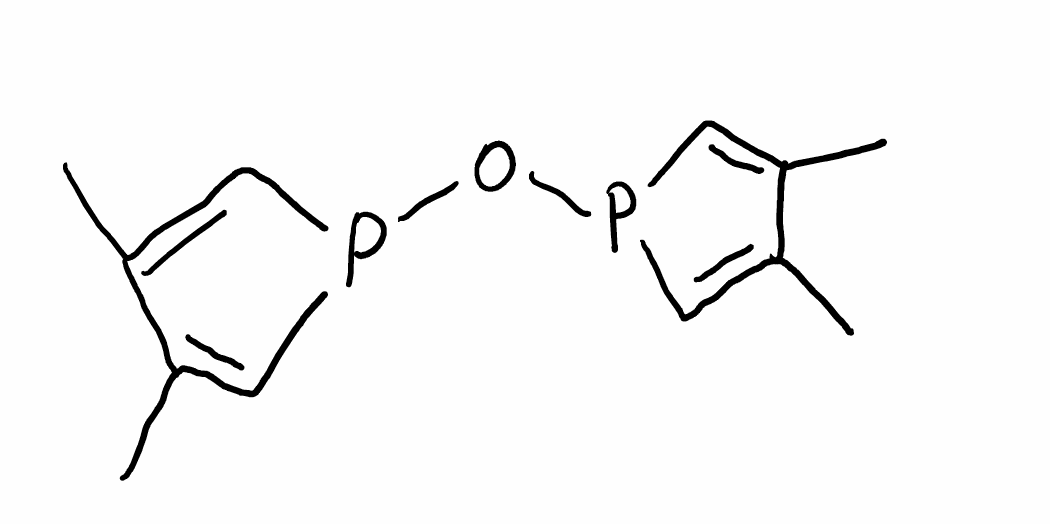
Simplified molecular-input line-entry system (SMILES) notation of the given molecule:
CC1=CP(C=C1C)OP2C=C(C(=C2)C)C